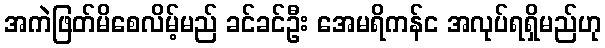
အကဲဖြတ်မိစေလိမ့်မည် ခင်ခင်ဦး အေမရိကန်င အလုပ်ရရှိမည်ဟု